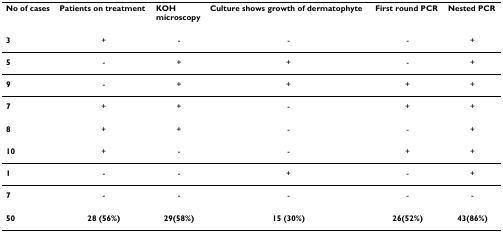
<table><thead><tr><td><b>No of cases</b></td><td><b>Patients on treatment</b></td><td><b>KOHmicroscopy</b></td><td><b>Culture shows growth of dermatophyte</b></td><td><b>First round PCR</b></td><td><b>Nested PCR</b></td></tr></thead><tbody><tr><td><b>3</b></td><td>+</td><td>-</td><td>-</td><td>-</td><td>+</td></tr><tr><td><b>5</b></td><td>-</td><td>+</td><td>+</td><td>-</td><td>+</td></tr><tr><td><b>9</b></td><td>-</td><td>+</td><td>+</td><td>+</td><td>+</td></tr><tr><td><b>7</b></td><td>+</td><td>+</td><td>-</td><td>+</td><td>+</td></tr><tr><td><b>8</b></td><td>+</td><td>+</td><td>-</td><td>-</td><td>+</td></tr><tr><td><b>10</b></td><td>+</td><td>-</td><td>-</td><td>+</td><td>+</td></tr><tr><td><b>1</b></td><td>-</td><td>-</td><td>+</td><td>-</td><td>+</td></tr><tr><td><b>7</b></td><td>-</td><td>-</td><td>-</td><td>-</td><td>-</td></tr><tr><td><b>50</b></td><td><b>28 (56%)</b></td><td><b>29(58%)</b></td><td><b>15 (30%)</b></td><td><b>26(52%)</b></td><td><b>43(86%)</b></td></tr></tbody></table>